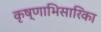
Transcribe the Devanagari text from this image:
कृष्णाभिसारिका